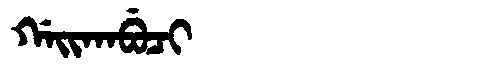
Manchu: ᡤᠠᡳᡴᠠᠪᡠᠴᡳ
Romanization: GAIKABUCI